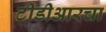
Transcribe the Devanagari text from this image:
टीडीआरचा